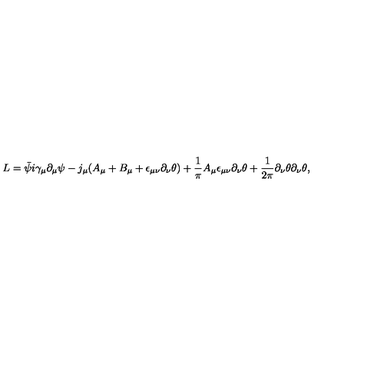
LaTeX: L = \bar { \psi } i \gamma _ { \mu } \partial _ { \mu } \psi - j _ { \mu } ( A _ { \mu } + B _ { \mu } + \epsilon _ { \mu \nu } \partial _ { \nu } \theta ) + \frac { 1 } { \pi } A _ { \mu } \epsilon _ { \mu \nu } \partial _ { \nu } \theta + \frac { 1 } { 2 \pi } \partial _ { \nu } \theta \partial _ { \nu } \theta ,